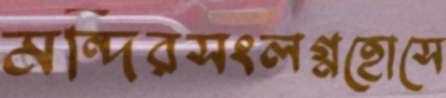
মন্দিরসংলগ্নহোসে